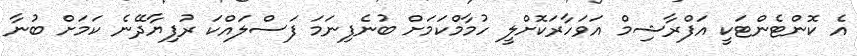
އެ ކޮންޓެންޓަކީ އަފްރާޝިމް އަވަހާރަކޮށްލީ ހުމާމްކަމަށް ބުނެފިނަމަ ފަސްލައްކަ ރުފިޔާދޭނެ ކަމަށް ބުނާ